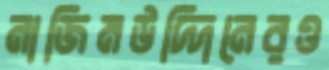
নাজিমউদ্দিনেরও